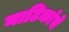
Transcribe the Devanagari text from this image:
नाटिकांचे